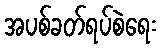
အပစ်ခတ်ရပ်စဲရေး